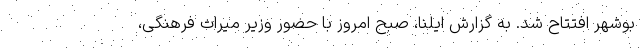
بوشهر افتتاح شد. به گزارش ایلنا، صبح امروز با حضور وزیر میراث فرهنگی،